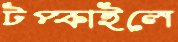
টপ্‌কাইলে